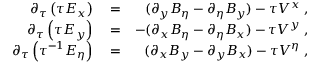
\begin{array} { r l r } { \partial _ { \tau } \left( \tau E _ { x } \right) } & { { } = } & { ( \partial _ { y } B _ { \eta } - \partial _ { \eta } B _ { y } ) - \tau V ^ { x } \; , } \\ { \partial _ { \tau } \left( \tau E _ { y } \right) } & { { } = } & { - ( \partial _ { x } B _ { \eta } - \partial _ { \eta } B _ { x } ) - \tau V ^ { y } \; , } \\ { \partial _ { \tau } \left( \tau ^ { - 1 } E _ { \eta } \right) } & { { } = } & { ( \partial _ { x } B _ { y } - \partial _ { y } B _ { x } ) - \tau V ^ { \eta } \; , } \end{array}